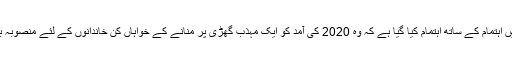
گروس ماؤنٹین میں اہتمام کے ساتھ اہتمام کیا گیا ہے کہ وہ 2020 کی آمد کو ایک مہذب گھڑی پر منانے کے خواہاں کن خاندانوں کے لئے منصوبہ بندی کی گئی ہے۔